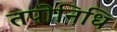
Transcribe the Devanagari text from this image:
तपोनिधि